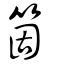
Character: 箇